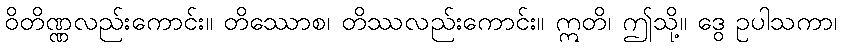
ဝိတိဏ္ဏလည်းကောင်း။ တိဿောစ၊ တိဿလည်းကောင်း။ ဣတိ၊ ဤသို့။ ဒွေ ဥပါသကာ၊